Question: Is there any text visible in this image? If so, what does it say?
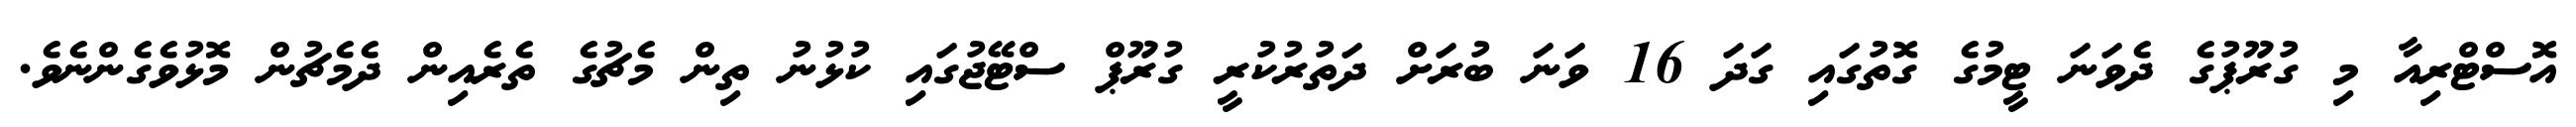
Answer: އޮސްޓްރިއާ މި ގުރޫޕުގެ ދެވަނަ ޓީމުގެ ގޮތުގައި ގަދަ 16 ވަނަ ބުރަށް ދަތުރުކުރީ ގުރޫޕް ސްޓޭޖުގައި ކުޅުނު ތިން މެޗުގެ ތެރެއިން ދެމެޗުން މޮޅުވެގެންނެވެ.